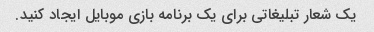
یک شعار تبلیغاتی برای یک برنامه بازی موبایل ایجاد کنید.